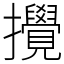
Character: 攪